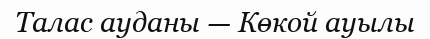
Талас ауданы — Көкой ауылы